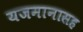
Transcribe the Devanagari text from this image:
यजमानासह